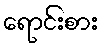
ရောင်းစား